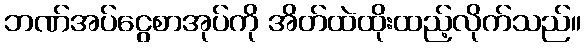
ဘဏ်အပ်ငွေစာအုပ်ကို အိတ်ထဲထိုးထည့်လိုက်သည်။